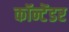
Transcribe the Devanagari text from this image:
कॉन्टेंडर